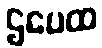
ဌပေထ